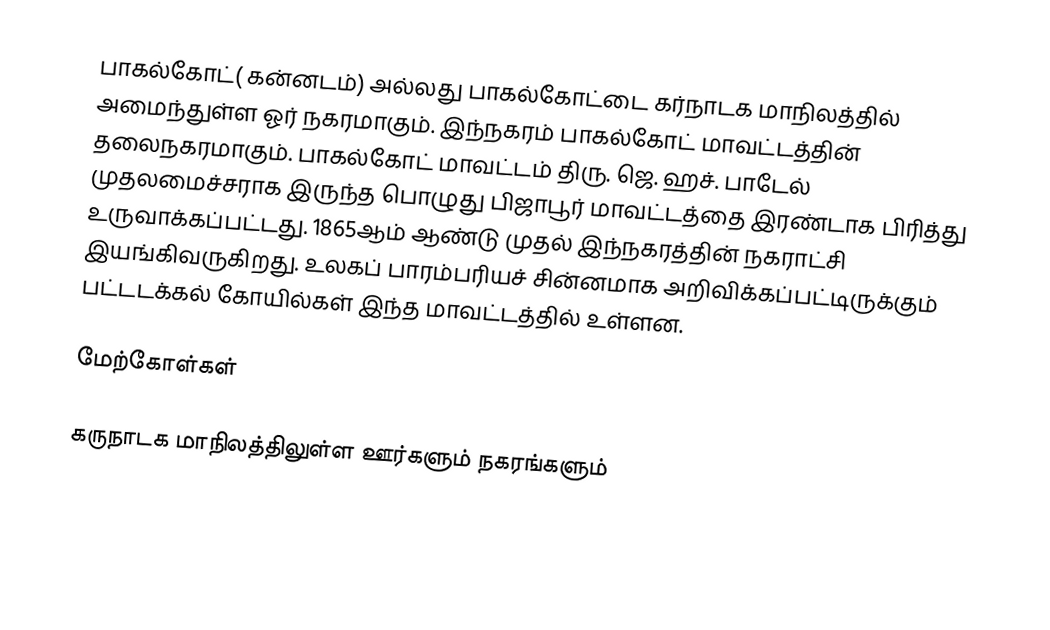
பாகல்கோட்( கன்னடம்) அல்லது பாகல்கோட்டை  கர்நாடக மாநிலத்தில் அமைந்துள்ள ஓர் நகரமாகும். இந்நகரம் பாகல்கோட் மாவட்டத்தின் தலைநகரமாகும். பாகல்கோட் மாவட்டம் திரு. ஜெ. ஹச். பாடேல் முதலமைச்சராக இருந்த பொழுது பிஜாபூர் மாவட்டத்தை இரண்டாக பிரித்து உருவாக்கப்பட்டது. 1865ஆம் ஆண்டு முதல் இந்நகரத்தின் நகராட்சி இயங்கிவருகிறது. உலகப் பாரம்பரியச் சின்னமாக அறிவிக்கப்பட்டிருக்கும் பட்டடக்கல் கோயில்கள் இந்த மாவட்டத்தில் உள்ளன.

மேற்கோள்கள்

கருநாடக மாநிலத்திலுள்ள ஊர்களும் நகரங்களும்